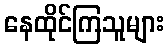
နေထိုင်ကြသူများ